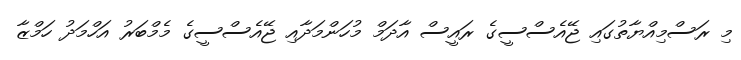
މި ރަސްމިއްޔާތުގައި ޖޭއެސްސީގެ ރައީސް އާދަމް މުހަންމަދާއި ޖޭއެސްސީގެ މެމްބަރު އަހްމަދު ހަމްޒާ